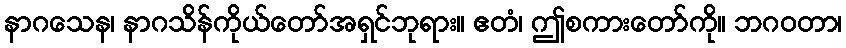
နာဂသေန၊ နာဂသိန်ကိုယ်တော်အရှင်ဘုရား။ ဧတံ၊ ဤစကားတော်ကို။ ဘဂဝတာ၊